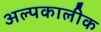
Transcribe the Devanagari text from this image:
अल्पकालीक